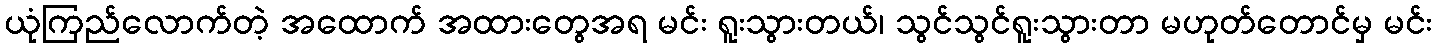
ယုံကြည်လောက်တဲ့ အထောက် အထားတွေအရ မင်း ရူးသွားတယ်၊ သွင်သွင်ရူးသွားတာ မဟုတ်တောင်မှ မင်း